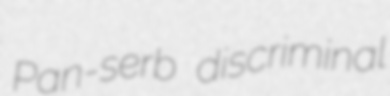
Pan-serb discriminal